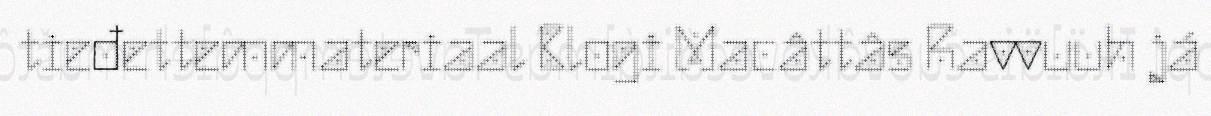
tieđettemmateriaal Blogi Macâttâs Ravvuuh já